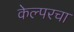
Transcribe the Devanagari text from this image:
केल्परचा